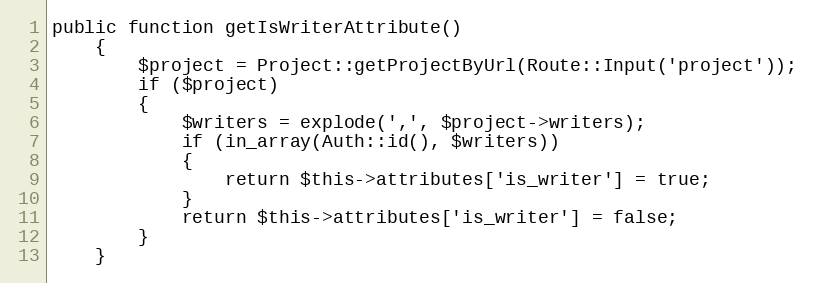
Language: PHP
public function getIsWriterAttribute()
	{
		$project = Project::getProjectByUrl(Route::Input('project'));
		if ($project)
		{
			$writers = explode(',', $project->writers);
			if (in_array(Auth::id(), $writers))
			{
				return $this->attributes['is_writer'] = true;
			}
			return $this->attributes['is_writer'] = false;
		}
	}